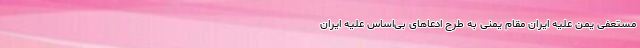
مستعفی یمن علیه ایران مقام یمنی به طرح ادعاهای بی‌اساس علیه ایران